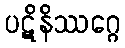
ပဋိနိဿဂ္ဂေ